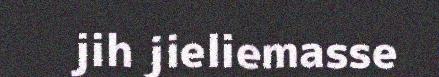
jih jieliemasse